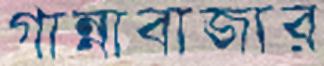
গান্নাবাজার